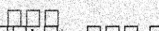
١٢٤